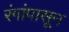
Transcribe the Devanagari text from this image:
रंगांपासून